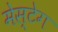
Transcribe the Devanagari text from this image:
मेस्टेग